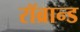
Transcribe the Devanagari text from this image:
रॉब्रान्ड